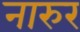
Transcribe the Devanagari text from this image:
नारुर